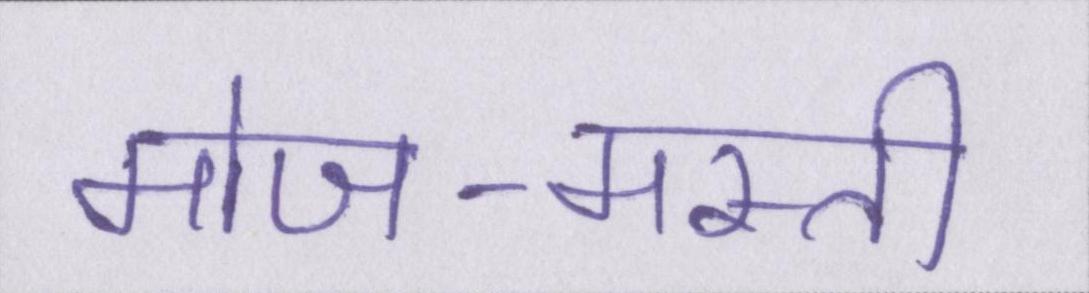
मोज-मस्ती